Medical and sanitary report of the native army of Bengal for the year
Year: 1875
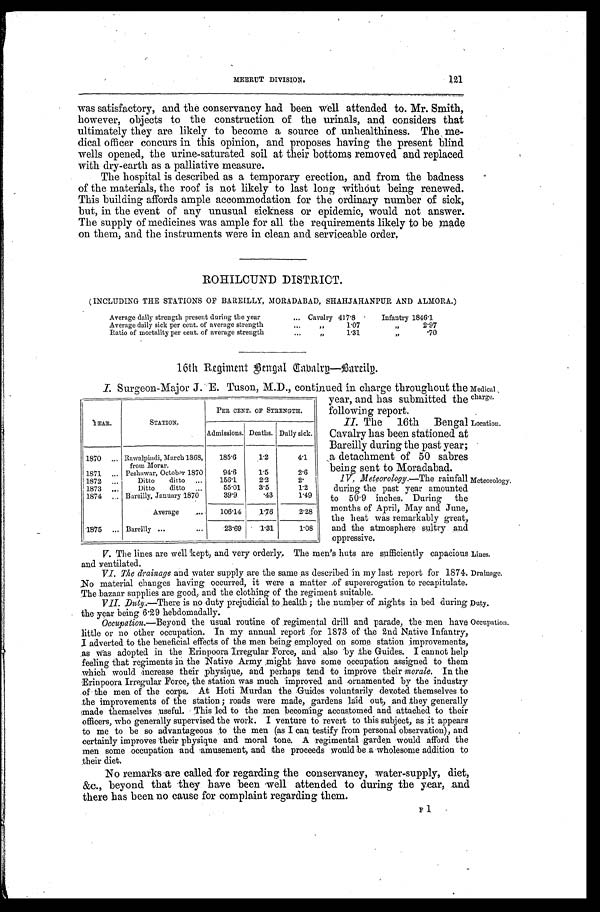
Medical ,
charge.
Location.
Lines.
Drainage.
Duty.
Occupation.
121
MEERUT DIVISION.
was satisfactory, and the conservancy had been well attended to. Mr. Smith,
however, objects to the construction of the urinals, and considers that
ultimately they are likely to become a source of unhealthiness. The me
-dical officer concurs in this opinion, and proposes having the present blind
wells opened, the urine-saturated soil at their bottoms removed and replaced.
with dry-earth as a palliative measure.
The hospital is described as a temporary erection, and from the badness
of the materials, the roof is not likely to last long without being renewed.
This building affords ample accommodation for the ordinary number of sick,
but, in the event of any unusual sickness or epidemic, would not answer.
The supply of medicines was ample for all the requirements likely to be made
on them, and the instruments were in clean and serviceable order.
ROHILCUND DISTRICT.
(INCLUDING THE STATIONS OF BAREILLY, MORADABAD, SHAHJAHANPUR AND ALMORA.)
Average daily strength present during the year . . .
Cavalry 417.8
Infantry 1846.1
Average daily sick per cent. of average strength . . .
"
1 . 0 7
"
2.97
Ratio of mortality per cent. of average strength . . .
" 1.31
"
.70
l6th Regiment Bengal Cavalry-Bareily.
I. Surgeon-Major J. E. Tuson, M.D., continued in charge throughout the
year, and. has submitted the
following report.
II. The 16th Bengal
Cavalry has been stationed at
Bareilly during the past year;
a detachment of 50 sabres
being sent to Moradabad.
1V. Meteorology .—The rainfall
during the past year amounted
to 50.9 inches. During the
months of April, May and June,
the heat was remarkably great,
and the atmosphere sultry and
oppressive.
V . The lines are well kept, and very orderly. The men's huts are sufficiently capacious
and ventilated.
VI. The drainage and water supply are the same as described in my last report for 1874.
No material changes having occurred, it were a matter of supererogation to recapitulate.
The bazaar supplies are good, and the clothing of the regiment suitable.
VII. Duty .—There is no duty prejudicial to health; the number of nights in bed during
the year being 6.29 hebdomadally.
Occupation .—Beyond the usual routine of regimental drill and parade, the men have
little or no other occupation. In my annual report for 1873 of the 2nd Native Infantry,
I adverted to the beneficial effects of the men being employed on some station improvements,
as was adopted in the Erinpoora Irregular Force, and also by the Guides. I cannot help
feeling that regiments in the Native Army might have some occupation assigned to them
which would increase their physique, and perhaps tend to improve their morale. In the
Erinpoora Irregular Force, the station was much improved and ornamented by the industry
of the men of the corps. At Hoti Murdan the Guides voluntarily devoted themselves to
the improvements of the station; roads were made, gardens laid out, and they generally
made themselves useful. This led to the men becoming accustomed and attached to their
officers, who generally supervised the work. I venture to revert to this subject, as it appears
to me to be so advantageous to the men (as I can testify from personal observation), and
certainly improves their physique and moral tone. A regimental garden would afford the
men some occupation and amusement, and the proceeds would be a wholesome addition to
their diet.
YEAR.
STATION.
PER CENT. OF STRENGTH.
Admissions. Deaths. Daily sick.
1870 . . . Rawalpindi, March 1868,
from Morar.
185.6
1.2
4.1
1871 . . . Peshawar, October 1870
94.6
1.5
2.6
1 8 7 2 . . .
Dittoditto . . .
156.1
2.2
2.
1873 . . .
Dittoditto . . .
55.01
3.5
1.2
1874 . . . Bareilly, January 1870
39.9
. 4 3
1.49
Average . . .
106.14
1.76
2.28
1875. . . Bareilly . . .
23.69 1.31
1.08
Meteorology.
No remarks are called for regarding the conservancy, water-supply, diet,
&c., beyond that they have been well attended to during the year, and
there has been no cause for complaint regarding them.
F 1